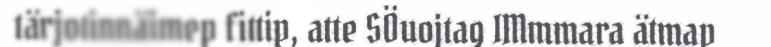
tärjotinnäimep fittip, atte SÖuojtag IMmmara ätmap